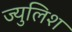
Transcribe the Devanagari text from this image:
ज्युलिश